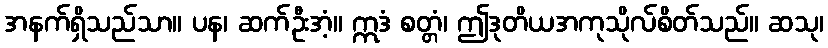
အနက်ရှိသည်သာ။ ပန၊ ဆက်ဦးအံ့။ ဣဒံ စတ္တံ၊ ဤဒုတိယအကုသိုလ်စိတ်သည်။ ဆသု၊